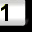
Digit: 1